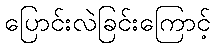
ပြောင်းလဲခြင်းကြောင့်